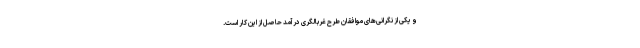
و یکی از نگرانی‌های موافقان طرح غربالگری درآمد حاصل از این کار است.